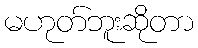
မဟုတ်ဘူးဆိုတာ